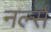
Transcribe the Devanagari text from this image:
नर्ल्स